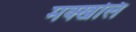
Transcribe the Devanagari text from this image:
मक्खलि